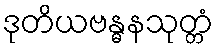
ဒုတိယဗန္ဓနသုတ္တံ